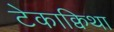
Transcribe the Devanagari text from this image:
टेकाक्विथा